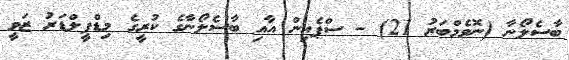
ބާސެލޯނާ (ނޮވެމްބަރު 21) - ސްޕެއިން އާއި ބާސެލޯނާގެ ކުރީގެ މިޑްފީލްޑަރު ޒަވީ